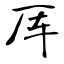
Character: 厍